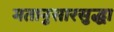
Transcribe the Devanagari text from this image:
मतानुसारसुद्धा